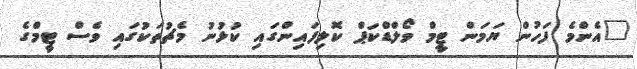
"އެންމެ ފަހުން ޔަމަން ޓީމް ވޯލްޑްކަޕް ކޮލިފައިންގައި ކުޅުނު މެޗުތަކުގައި ވެސް ޓީމްގެ